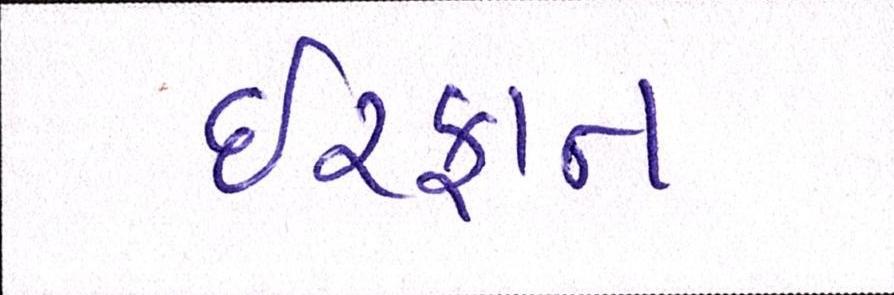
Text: ઈરફાન